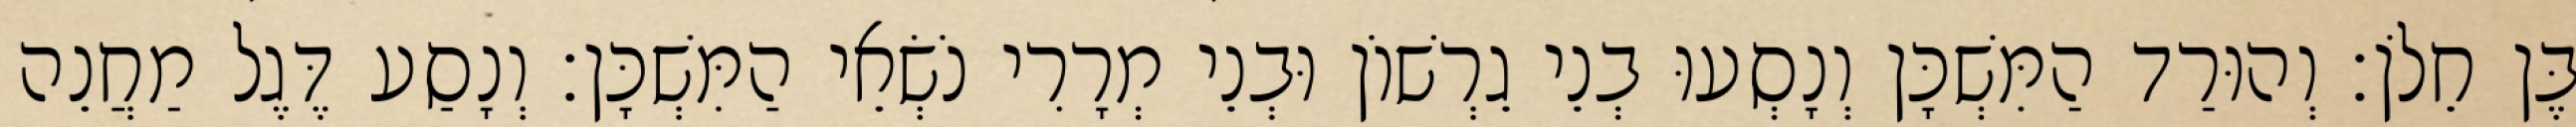
בֶּן חֵלֹן׃ וְהוּרַד הַמִּשְׁכָּן וְנָסְעוּ בְנֵי גֵרְשׁוֹן וּבְנֵי מְרָרִי נֹשְׂאֵי הַמִּשְׁכָּן׃ וְנָסַע דֶּגֶל מַחֲנֵה